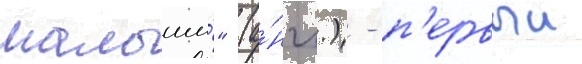
малыши́" (а́нгл.) - п'ервыи